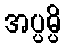
အပ္ပမ္ပိ